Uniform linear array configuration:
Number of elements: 64
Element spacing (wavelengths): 0.25
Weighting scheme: uniform
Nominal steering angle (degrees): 45
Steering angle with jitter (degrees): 45.659
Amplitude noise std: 0.05
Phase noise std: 0.05

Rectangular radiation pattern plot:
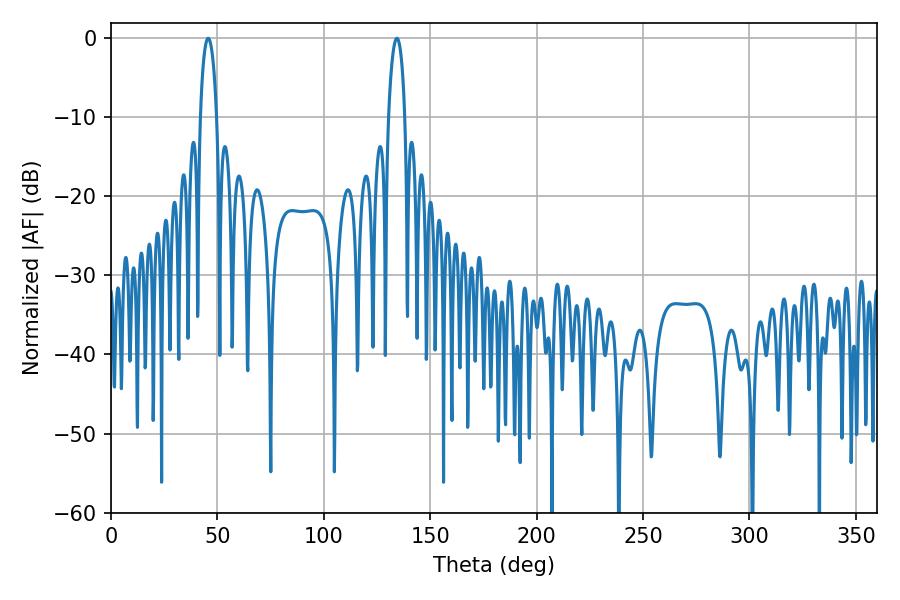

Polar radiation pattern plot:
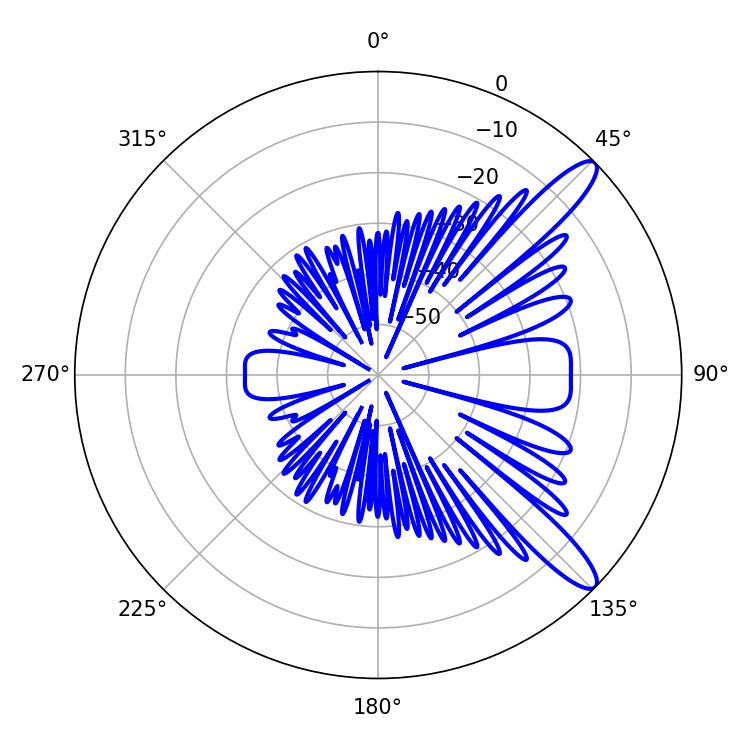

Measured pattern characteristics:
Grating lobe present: FALSE
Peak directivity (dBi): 11.898
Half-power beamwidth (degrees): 4.32
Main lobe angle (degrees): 45.72